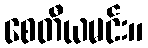
စေတီယမင်း။